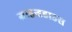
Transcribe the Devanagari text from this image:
ग्राइन्डहाउस